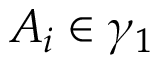
A _ { i } \in \gamma _ { 1 }